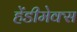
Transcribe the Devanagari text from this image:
हेंडीमेक्स